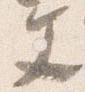
文